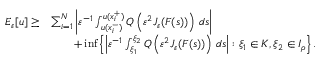
\begin{array} { r l } { E _ { \varepsilon } [ u ] \geq } & { \sum _ { i = 1 } ^ { N } \left| \varepsilon ^ { - 1 } \int _ { u ( x _ { i } ^ { - } ) } ^ { u ( x _ { i } ^ { + } ) } Q \left( \varepsilon ^ { 2 } J _ { \varepsilon } ( F ( s ) ) \right) \, d s \right| } \\ & { \qquad + \operatorname* { i n f } \left\{ \left| \varepsilon ^ { - 1 } \int _ { \xi _ { 1 } } ^ { \xi _ { 2 } } Q \left( \varepsilon ^ { 2 } J _ { \varepsilon } ( F ( s ) ) \right) \, d s \right| : \xi _ { 1 } \in K , \xi _ { 2 } \in I _ { \rho } \right\} . } \end{array}